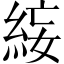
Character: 𥿺